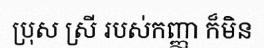
ប្រុស ស្រី របស់កញ្ញា ក៏មិន